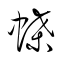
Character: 蝶